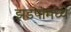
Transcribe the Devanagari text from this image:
झडपामध्ये